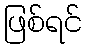
ဖြစ်ရင်